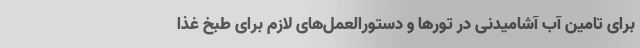
برای تامین آب آشامیدنی در تورها و دستورالعمل‌های لازم برای طبخ غذا